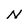
Character: N